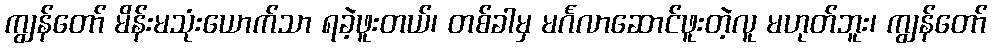
ကျွန်တော် မိန်းမသုံးယောက်သာ ရခဲ့ဖူးတယ်၊ တစ်ခါမှ မင်္ဂလာဆောင်ဖူးတဲ့လူ မဟုတ်ဘူး၊ ကျွန်တော်